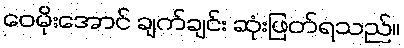
ဝေမိုးအောင် ချက်ချင်း ဆုံးဖြတ်ရသည်။